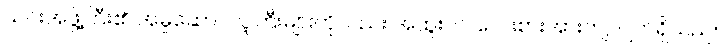
ယင်းအဖွဲ့ကြီး၏ အမှုဆောင်လူကြီးများကိုလည်း အထူးပင် လေးစားအားကျလျက်ရှိသည်။